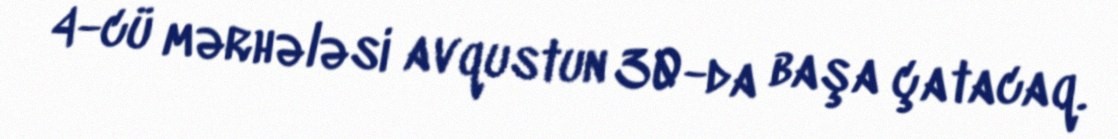
4-cü mərhələsi avqustun 30-da başa çatacaq.